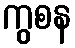
ကွစန